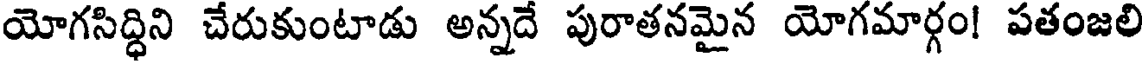
యోగసిద్ధిని చేరుకుంటాడు అన్నదే పురాతనమైన యోగమార్గం! పతంజలి